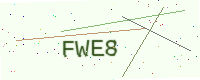
Text: FWE8